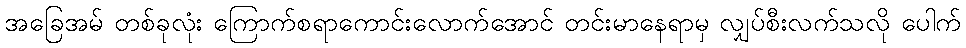
အခြေအမ် တစ်ခုလုံး ကြောက်စရာကောင်းလောက်အောင် တင်းမာနေရာမှ လျှပ်စီးလက်သလို ပေါက်